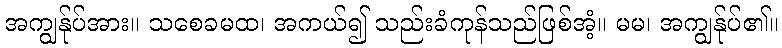
အကျွန်ုပ်အား။ သစေခမထ၊ အကယ်၍ သည်းခံကုန်သည်ဖြစ်အံ့။ မမ၊ အကျွန်ုပ်၏။